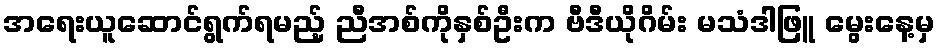
အရေးယူဆောင်ရွက်ရမည့် ညီအစ်ကိုနှစ်ဦးက ဗီဒီယိုဂိမ်း မသံဒါဖြူ မွေးနေ့မှ